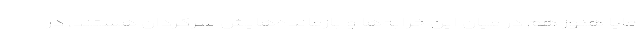
مایا هنوز هم در میان این خرابه‌ها و بازمانده‌هایش سرگردان هستند. در